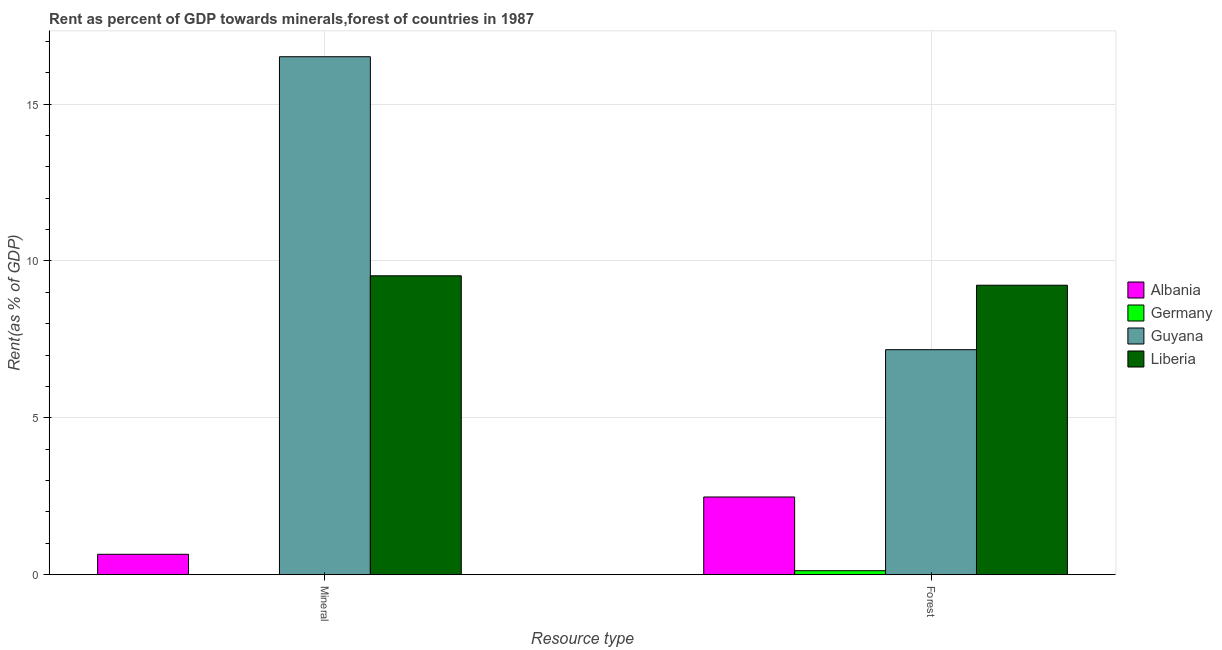
| Resource type | Albania | Germany | Guyana | Liberia |
 | --- | --- | --- | --- | --- |
 | Mineral | 0.651 | 0.000445 | 16.5 | 9.53 |
 | Forest | 2.48 | 0.128 | 7.17 | 9.23 |